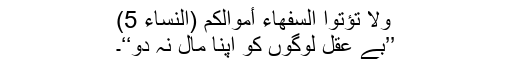
وَلَا تُؤْتُوا السُّفَهَاءَ أَمْوَالَكُمُ (النساء 5)
’’بے عقل لوگوں کو اپنا مال نہ دو‘‘۔